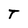
Character: T